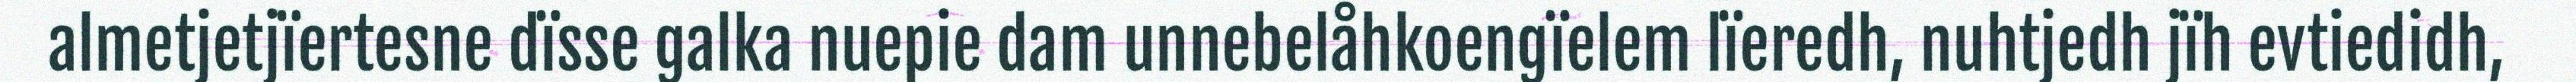
almetjetjïertesne dïsse galka nuepie dam unnebelåhkoengïelem lïeredh, nuhtjedh jïh evtiedidh,